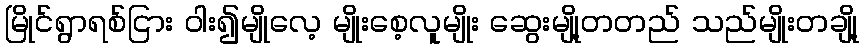
မြိုင်ရွာရစ်ငြား ဝါး၍မျိုလေ့ မျိုးစေ့လူမျိုး ဆွေးမျို့တတည် သည်မျိုးတချို့